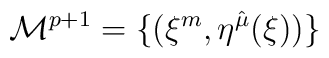
{\cal M}^{p+1} = \{ ( \xi^{m}, \eta^{\hat{\mu}}(\xi) )\}